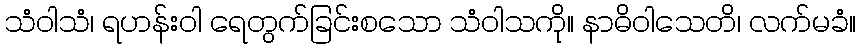
သံဝါသံ၊ ရဟန်းဝါ ရေတွက်ခြင်းစသော သံဝါသကို။ နာဓိဝါသေတိ၊ လက်မခံ။